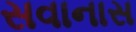
સવાનાસ